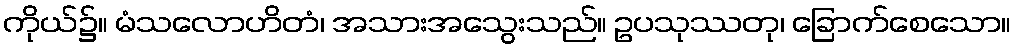
ကိုယ်၌။ မံသလောဟိတံ၊ အသားအသွေးသည်။ ဥပသုဿတု၊ ခြောက်စေသော။